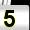
Digit: 5